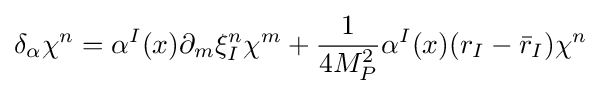
\delta _{\alpha }\chi ^{n}=\alpha ^{I}(x)\partial _{m}\xi _{I}^{n}\chi ^{m}+{\frac {1}{4M_{P}^{2}}}\alpha ^{I}(x)(r_{I}-{\bar {r}}_{I})\chi ^{n}